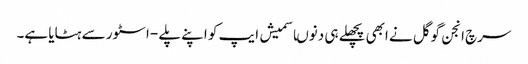
سرچ انجن گوگل نے ابھی پچھلے ہی دنوںاسمیش ایپ کو اپنے پلے -اسٹور سے ہٹایا ہے۔